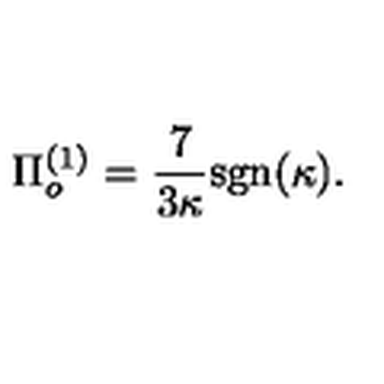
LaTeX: \Pi _ { o } ^ { ( 1 ) } = \frac { 7 } { 3 \kappa } \mathrm { s g n } ( \kappa ) .